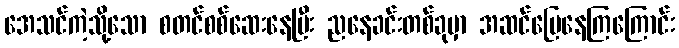
အေသင်ကဲ့သို့သော စတင်စစ်ဆေးနေပြီး ညနေခင်းတစ်ခုမှာ အဆင်ပြေနေကြကြောင်း